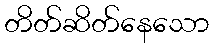
တိတ်ဆိတ်နေသော